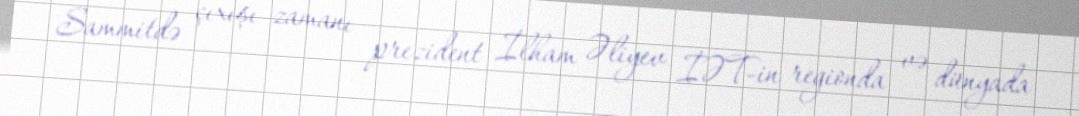
Sammitdə çıxışı zamanı prezident İlham Əliyev İƏT-in regionda və dünyada